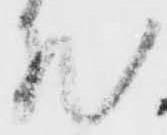
然